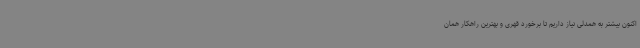
اکنون بیشتر به همدلی نیاز داریم تا برخورد قهری و بهترین راهکار همان